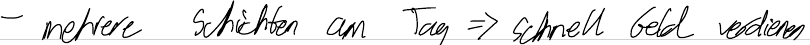
- mehrere Schichten am Tag => schnell Geld verdienen